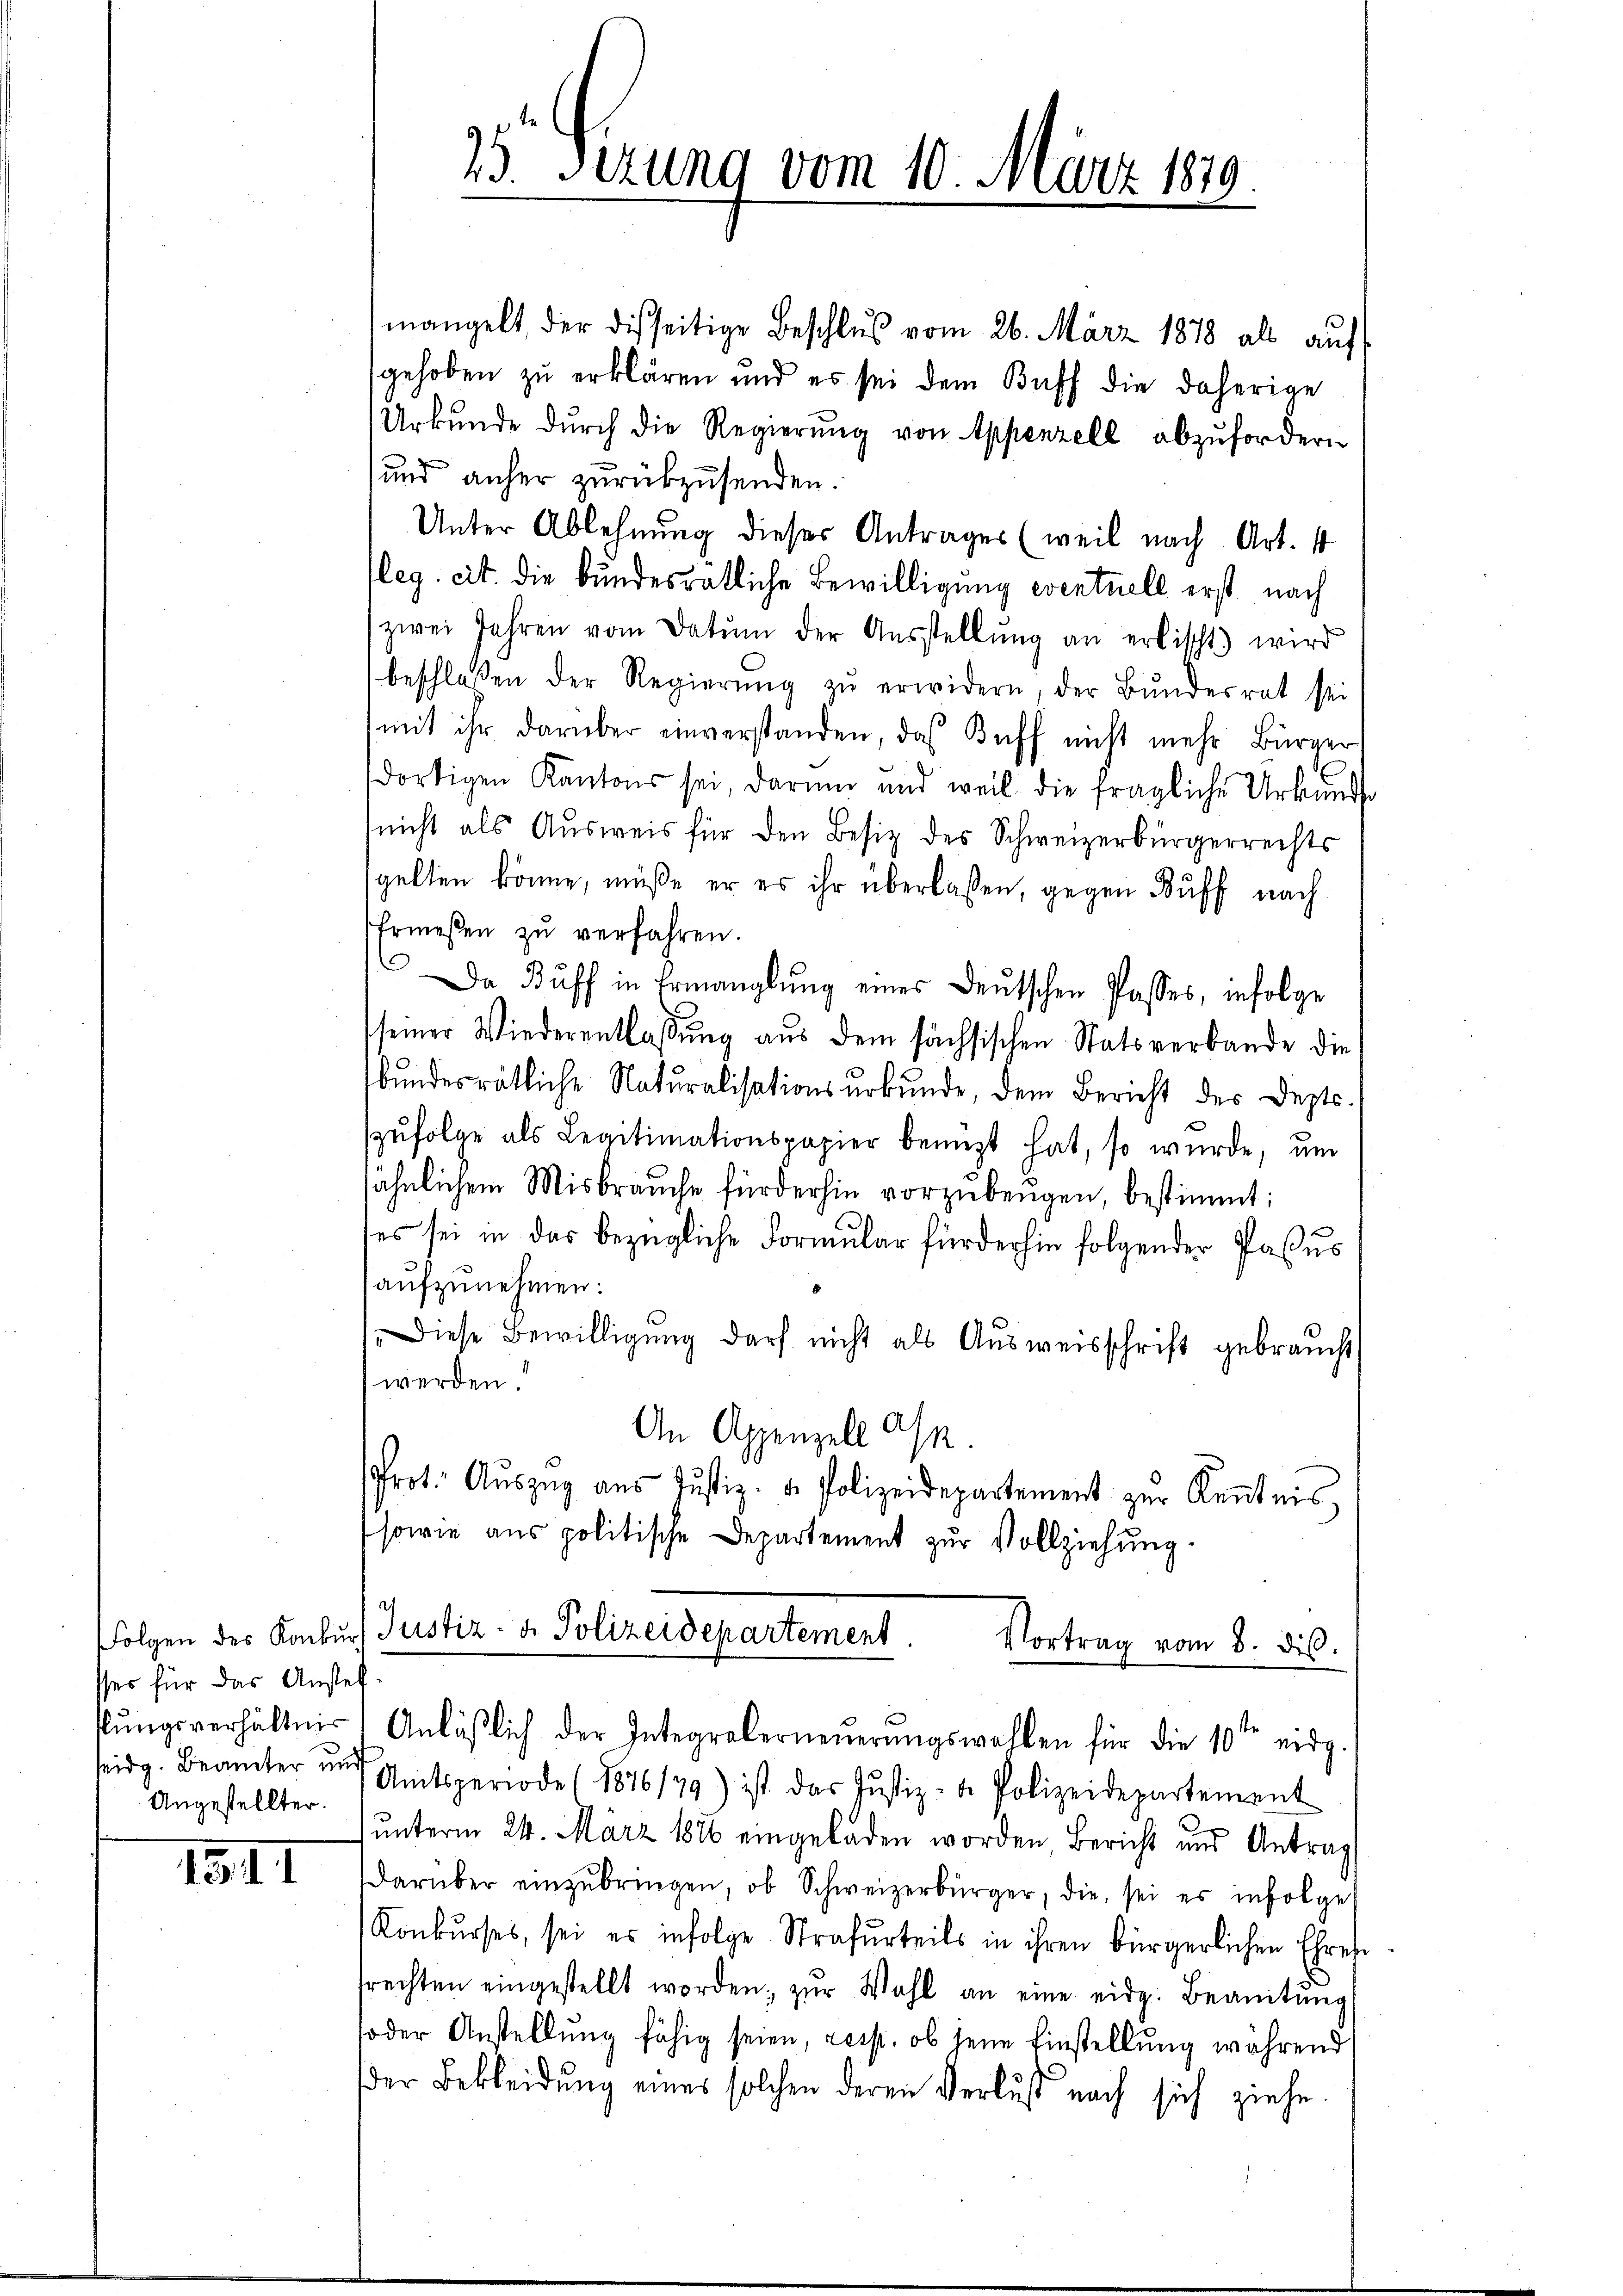
sser für das Anstel
Angestellter.

1911

15. Ferung vom 10. März 189

mangelt, der diesseitige Beschluß vom 26. März 1878 als auf
gehoben zu erklären und es sei dem Buff die daherige
Urkŭnde dŭrch die Regierŭng von Appenzell abzufordern
und anher zurückzusenden.
Unter Ablehnung dieser Antrages (weil nach Art. 4
leg. cit. die bundesrätliche Bewilligung eventuell erst nach
zwei Jahren vom Datum der Aŭsstellŭng an erlischt) wird
beschlossen der Regierŭng zŭ erwidern, der Bŭndesrat sei
mit ihr darüber einverstanden, das Buff nicht mehr Bürger
dortigen Kantons sei, darum und weil die fragliche Urkunde
nicht als Ausweis für den Besiz des Schweizerbürgerrechts
spelten könne, müße er es ihr überlassen, gegen Kuff nach
Ermessen zŭ verfahren.
Da Buff in Ermanglung eines Deutschen Passes, infolge
seiner Wiederentlassung aus dem sächsischen Statsverbande die
bundesrätliche Naturalisationsurkunde, dem Bericht des Deptszufolge als Legitimationspapier benuzt hat, so wurde, um
sähnlichem Misbrauche fürderhin vorzubeugen, bestimmt:
tes sei in das bezügliche Formular für der hin folgender Pasus
aufzunehmen:
Diese Bewilligung darf nicht als Ausweisschrift gebraucht
werden.
An Appenzell an
Prot. Aŭszŭg ans Justiz- u. Polizeidepartement zŭr Kenntnis,
sowie aus politische Departement zur Vollziehung.
Folgen des Konkŭrs Justiz- u. Polizeidepartement.
Vortrag vom 8. dis.
klŭngsverhältnis. Anläβlich der Integraberneŭerŭngswahlen für die 10ten eidg.
seidg. Beamter und Amtsperiode (1876/79) ist das Justiz- u. Polizeidepartement
unterm 24. März 1886 eingeladen worden Bericht und Antrag
darüber einzŭbringen, ob Schweizerbürger, die sei es infolge
Konkurses, sei es infolge Strafurteils in ihren bürgerlichen Ehrehe
frechten eingestellt worden, zŭr Wohl an eine eidg. Beamtŭng
soder Anstellung fähig seien, resp. ob jene Einstellung während
der Bekleidŭng eines solchen deren Verlust nach sich ziehe.